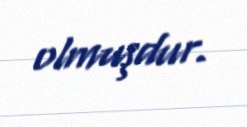
olmuşdur.